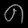
Digit: ၈